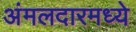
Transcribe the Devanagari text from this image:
अंमलदारमध्ये